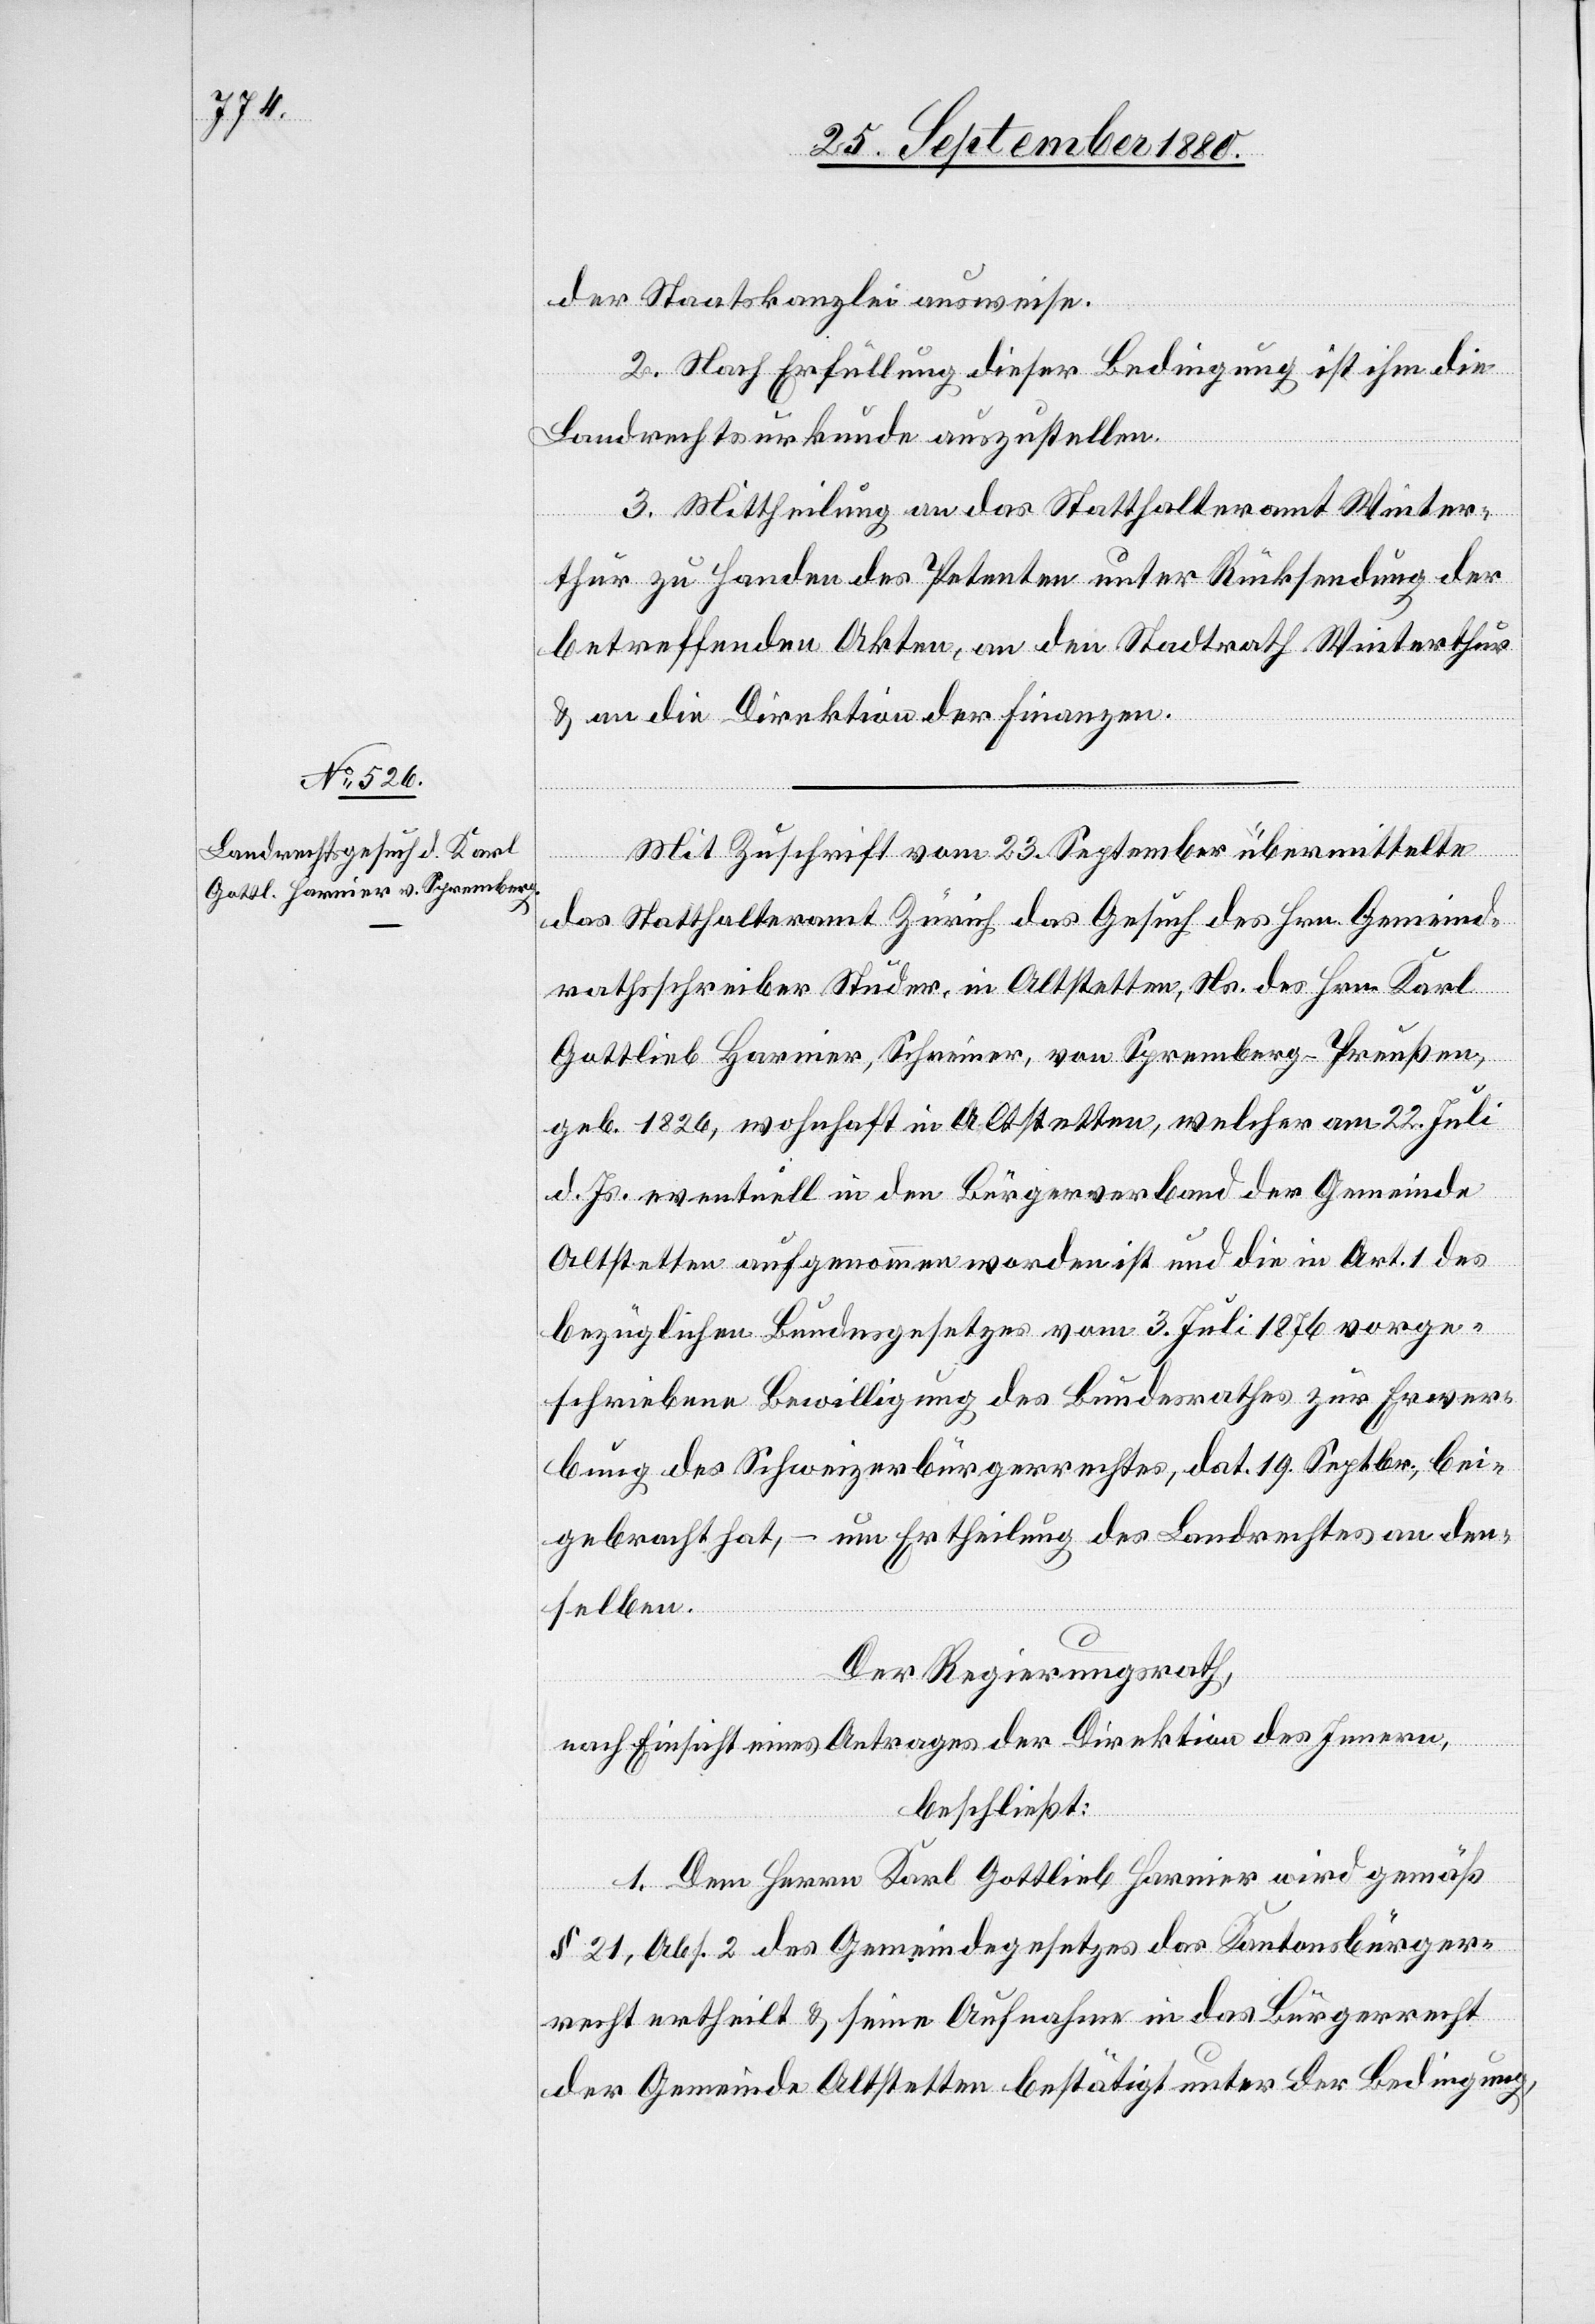
der Staatskanzlei ausweise.
2. Nach Erfüllung dieser Bedingung ist ihm die
Landrechtsurkunde auszustellen.
Winterthur
3. Mittheilung an das Statthalteramt Winter¬
& an die Direktion der Finanzen.
den
Mit Zuschrift vom 23. September übermittelte
das Statthalteramt Zürich das Gesuch des Hrn. Gemeind¬
rathsschreiber Studer, in Altstetten, Ns. des Hrn. Karl
Gottlieb Harnier, Schreiner, von Spremberg - Preußen,
geb. 1826, wohnhaft in Altstetten, welcher am 22. Juli
d. Js. eventuell in den Bürgerverband der Gemeinde
Altstetten aufgenommen worden ist und die in Art. 1 des
bezüglichen Bundesgesetzes vom 3. Juli 1876 vorge¬
schriebene Bewilligung des Bundesrathes zur Erwer¬
bung des Schweizerbürgerrechtes, dat. 19. Septbr., bei¬
gebracht hat, – um Ertheilung des Landrechtes an den¬
selben.
Der Regierungsrath,
nach Einsicht eines Antrages der Direktion des Innern,
beschließt:
1. Dem Herrn Karl Gottlieb Harnier wird gemäß
§ 21, Abs. 2 des Gemeindegesetzes das Kantonsbürger¬
recht ertheilt & seine Aufnahme in das Bürgerrecht
der Gemeinde Altstetten bestätigt unter der Bedingung,

an